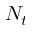
N _ { t }